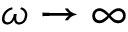
\omega \rightarrow \infty